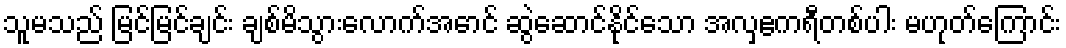
သူမသည် မြင်မြင်ချင်း ချစ်မိသွားလောက်အောင် ဆွဲဆောင်နိုင်သော အလှဧကရီတစ်ပါး မဟုတ်ကြောင်း